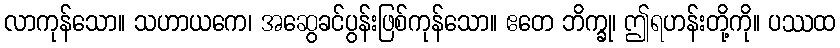
လာကုန်သော။ သဟာယကေ၊ အဆွေခင်ပွန်းဖြစ်ကုန်သော။ ဧတေ ဘိက္ခု၊ ဤရဟန်းတို့ကို။ ပဿထ